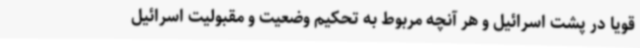
قویاً در پشت اسرائیل و هر آنچه مربوط به تحکیم وضعیت و مقبولیت اسرائیل